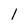
Character: 1